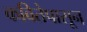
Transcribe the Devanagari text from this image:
कवितेपासून